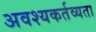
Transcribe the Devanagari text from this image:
अवश्यकर्तव्यता